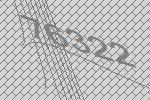
76322